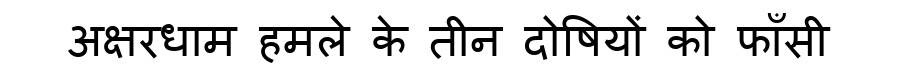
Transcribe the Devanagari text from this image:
अक्षरधाम हमले के तीन दोषियों को फाँसी